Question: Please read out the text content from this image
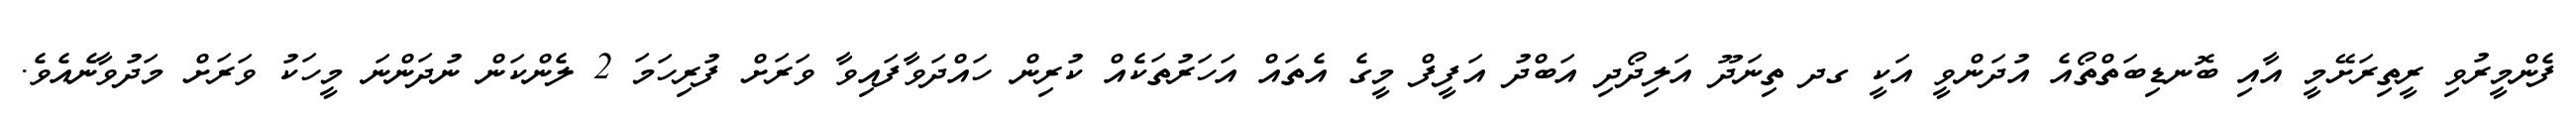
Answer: ފެންމީރުވި ރީތިރަށޭމީ އާއި ބޮނޑިބަތްތޯއެ އުދަންވީ އަކީ ގދ ތިނަދޫ އަލިދޯދި އަބްދު އަފީފް މީގެ އެތައް އަހަރުތަކެއް ކުރިން ހައްދަވާފައިވާ ވަރަށް ފުރިހަމަ 2 ލެންކަން ނުދަންނަ މީހަކު ވަރަށް މަދުވާނެއެވެ.